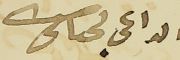
الداعى